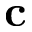
{ \bf c }